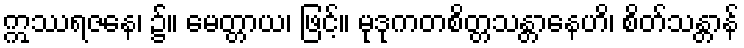
ဣဿရဇနေ၊ ၌။ မေတ္တာယ၊ ဖြင့်။ မုဒုကတစိတ္တသန္တာနေဟိ၊ စိတ်သန္တာန်